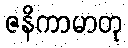
ဇနိကာမာတု